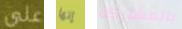
على إنها بالمشاركة